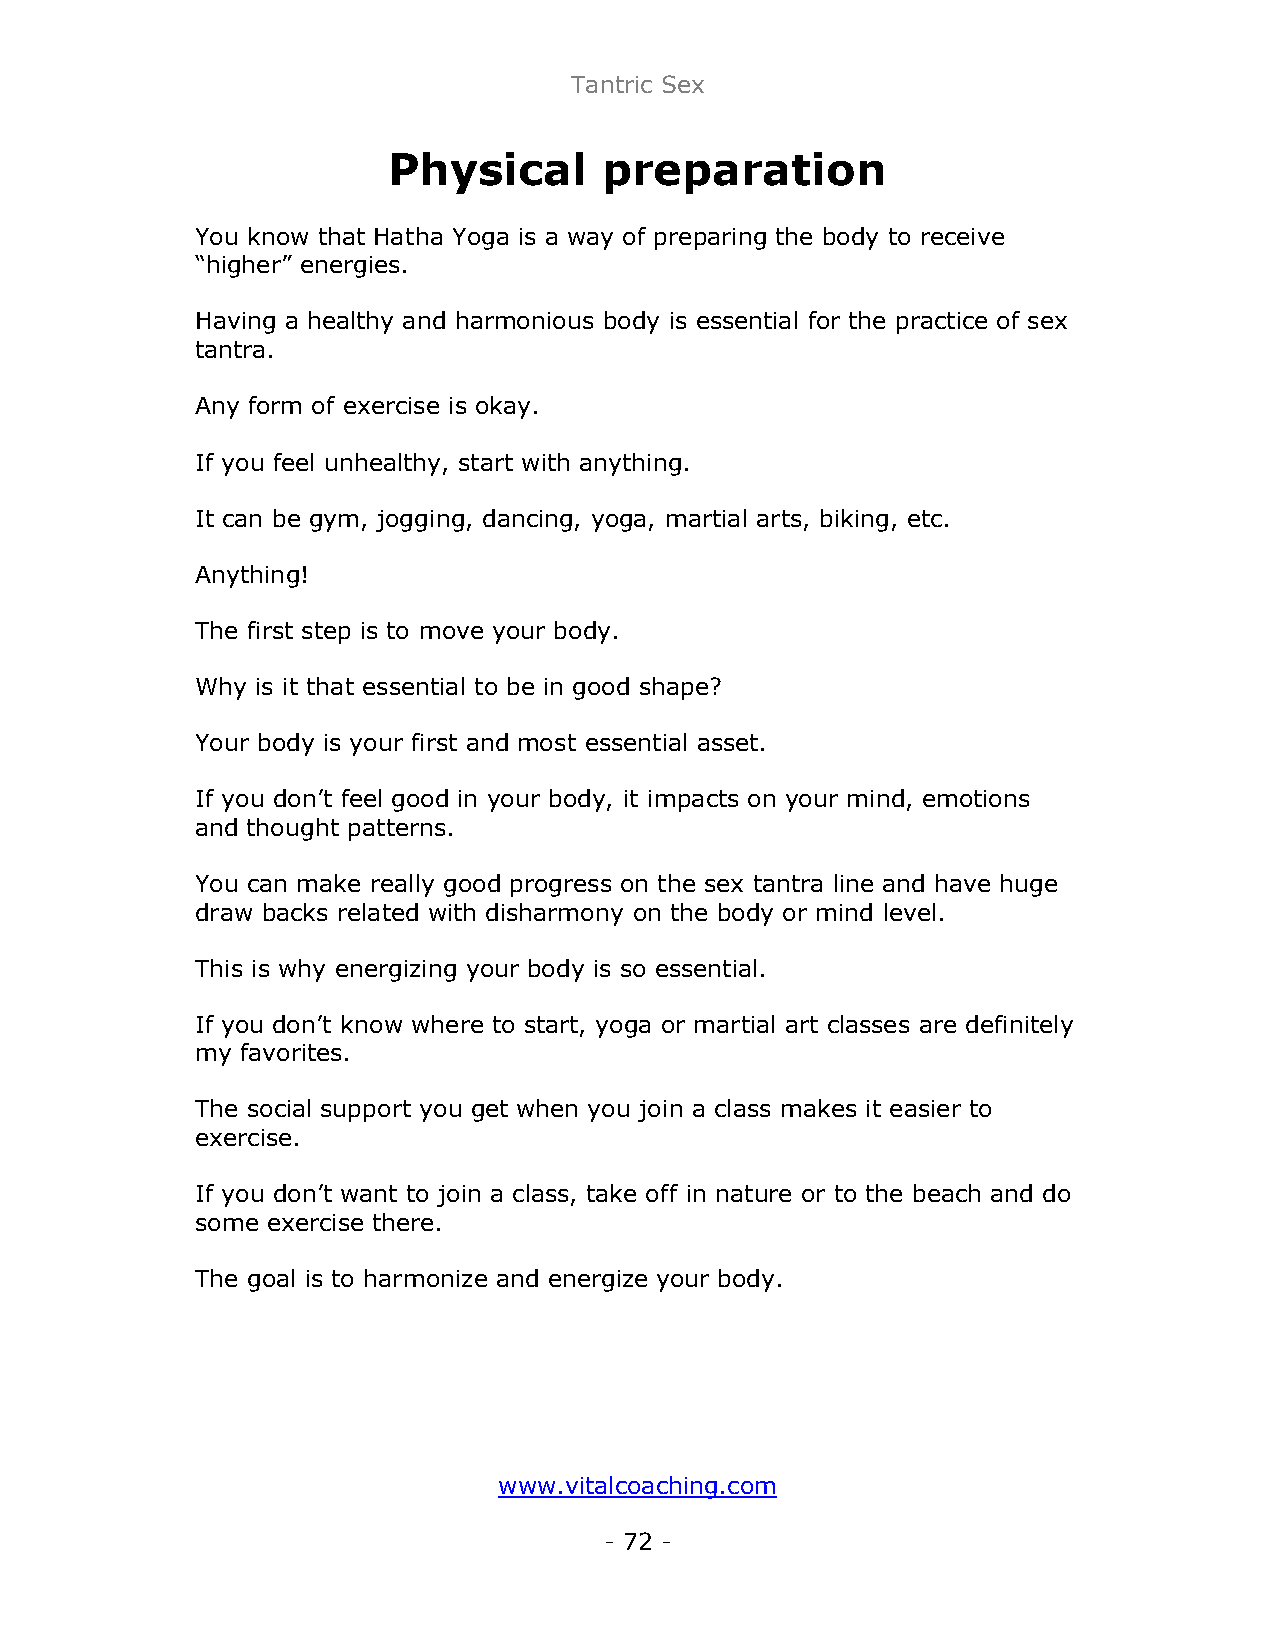
Tantric Sex
 Physical      preparation
 You know that Hatha Yoga is a way of preparing the body to receive
 “higher” energies.
 Having a healthy and harmonious body is essential for the practice of sex
 tantra.
 Any form of exercise is okay.
 If you feel unhealthy, start with anything.
 It can be gym, jogging, dancing, yoga, martial arts, biking, etc.
 Anything!
 The first step is to move your body.
 Why is it that essential to be in good shape?
 Your body is your first and most essential asset.
 If you don’t feel good in your body, it impacts on your mind, emotions
 and thought patterns.
 You can make really good progress on the sex tantra line and have huge
 draw backs related with disharmony on the body or mind level.
 This is why energizing your body is so essential.
 If you don’t know where to start, yoga or martial art classes are definitely
 my favorites.
 The social support you get when you join a class makes it easier to
 exercise.
 If you don’t want to join a class, take off in nature or to the beach and do
 some exercise there.
 The goal is to harmonize and energize your body.
 www.vitalcoaching.com
 - 72 -